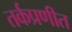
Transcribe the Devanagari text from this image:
तर्कप्रणीत